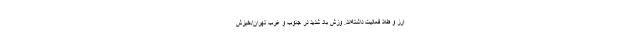
ارز و طلا فعالیت داشته‌اند. وزش باد شدید در جنوب و غرب تهران/خیزش